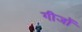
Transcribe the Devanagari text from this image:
गीजों